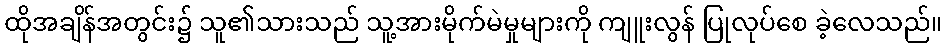
ထိုအချိန်အတွင်း၌ သူ၏သားသည် သူ့အားမိုက်မဲမှုများကို ကျူးလွန် ပြုလုပ်စေ ခဲ့လေသည်။